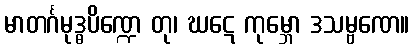
မာတင်္ဂမုဒ္ဓပိဏ္ဍေ တု၊ ဃဋေ ကုမ္ဘော ဒသမ္ဗဏေ။